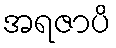
အရဇာပိ